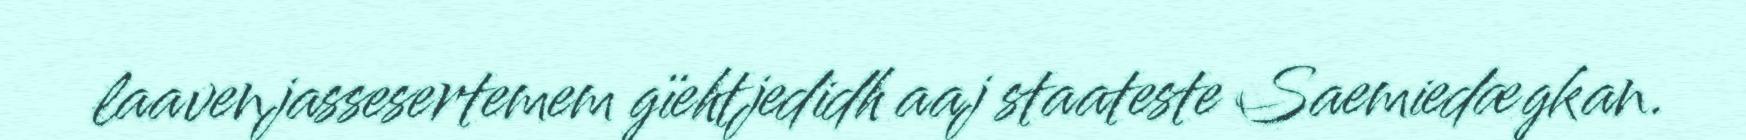
laavenjassesertemem gïehtjedidh aaj staateste Saemiedægkan.